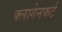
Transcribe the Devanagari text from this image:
क्लागेनफर्ट